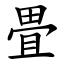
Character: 畳